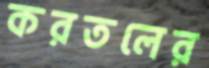
করতলের